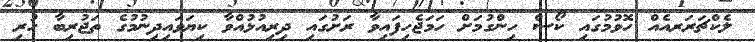
ލެކްޗަރަރއެއް ހޮވުމުގައި ކޯސް ހިންގުމަށް ހަމަޖެހިފައިވާ ރަށުގައި ދިރިއުޅުއްވާ ކިޔަވައިދިނުމުގެ ތަޖުރިބާ ހުރި